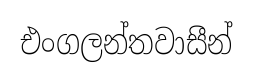
එංගලන්තවාසීන්